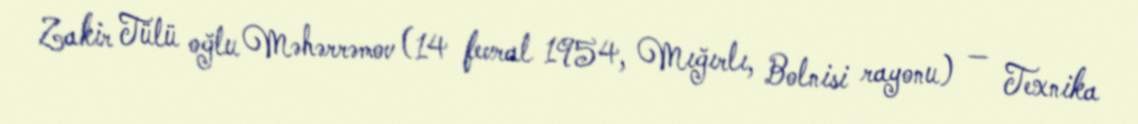
Zakir Tülü oğlu Məhərrəmov (14 fevral 1954, Mığırlı, Bolnisi rayonu) — Texnika